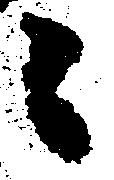
ニ